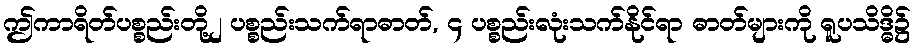
ဤကာရိတ်ပစ္စည်းတို့၂ ပစ္စည်းသက်ရာဓာတ်, ၄ ပစ္စည်းလုံးသက်နိုင်ရာ ဓာတ်များကို ရူပသိဒ္ဓိ၌